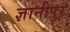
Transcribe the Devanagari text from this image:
ज्ञानीपुर